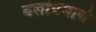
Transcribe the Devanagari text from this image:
बलांप्रमाणे